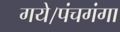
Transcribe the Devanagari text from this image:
गये।पंचगंगा